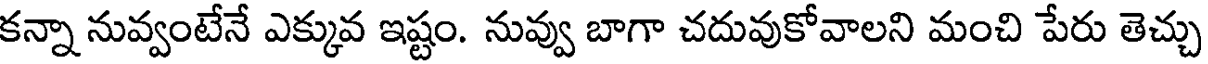
కన్నా నువ్వంటేనే ఎక్కువ ఇష్టం. నువ్వు బాగా చదువుకోవాలని మంచి పేరు తెచ్చు